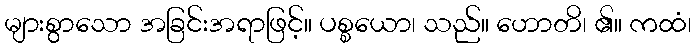
များစွာသော အခြင်းအရာဖြင့်။ ပစ္စယော၊ သည်။ ဟောတိ၊ ၏။ ကထံ၊